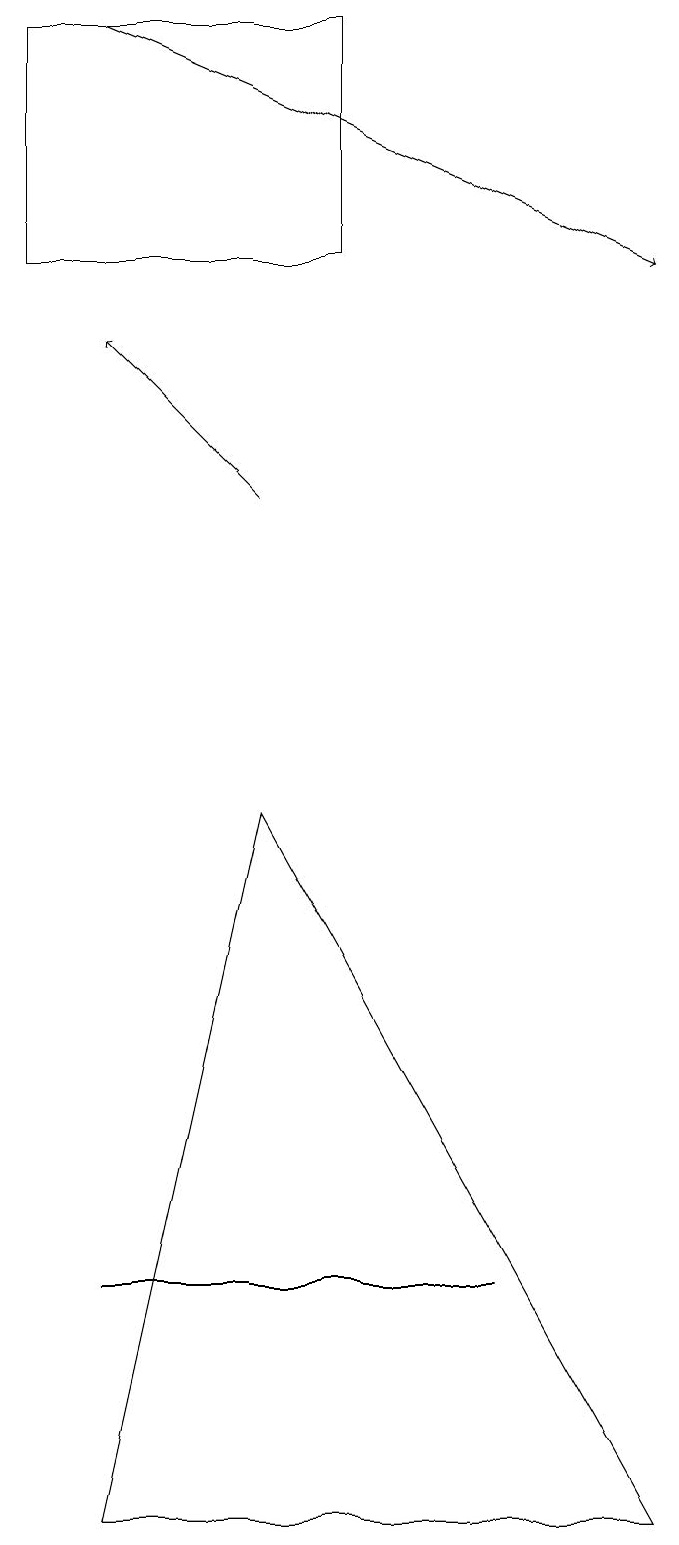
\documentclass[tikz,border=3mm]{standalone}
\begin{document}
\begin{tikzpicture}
\draw (3,9) -- (8,0) -- (1,0) -- cycle;
\draw (1,3) -- (5,3) -- (6,3) -- cycle;
\draw[->] (3,13) -- (1,15);
\draw (0,19) rectangle (4,16);
\draw[->] (1,19) -- (8,16);
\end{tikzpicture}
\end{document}